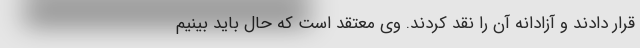
قرار دادند و آزادانه آن را نقد کردند. وی معتقد است که حال باید بینیم